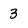
Character: 3